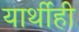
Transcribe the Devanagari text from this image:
यार्थीही